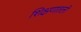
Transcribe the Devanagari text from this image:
शिक्षणातली